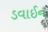
ડવાઈન